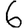
Digit: 6